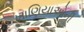
ખાણિયાઓની